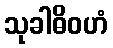
သုခါဓိဝဟံ